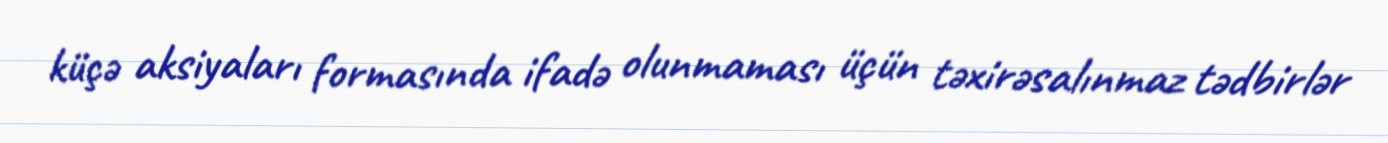
küçə aksiyaları formasında ifadə olunmaması üçün təxirəsalınmaz tədbirlər